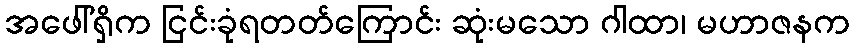
အဖေါ်ရှိက ငြင်းခုံရတတ်ကြောင်း ဆုံးမသော ဂါထာ၊ မဟာဇနက